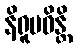
နိရူပဓိန္တိ